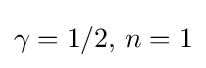
\gamma =1/2,\,n=1